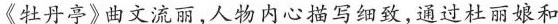
牡丹亭》曲文流丽，人物内心描写细致，通过杜丽娘和